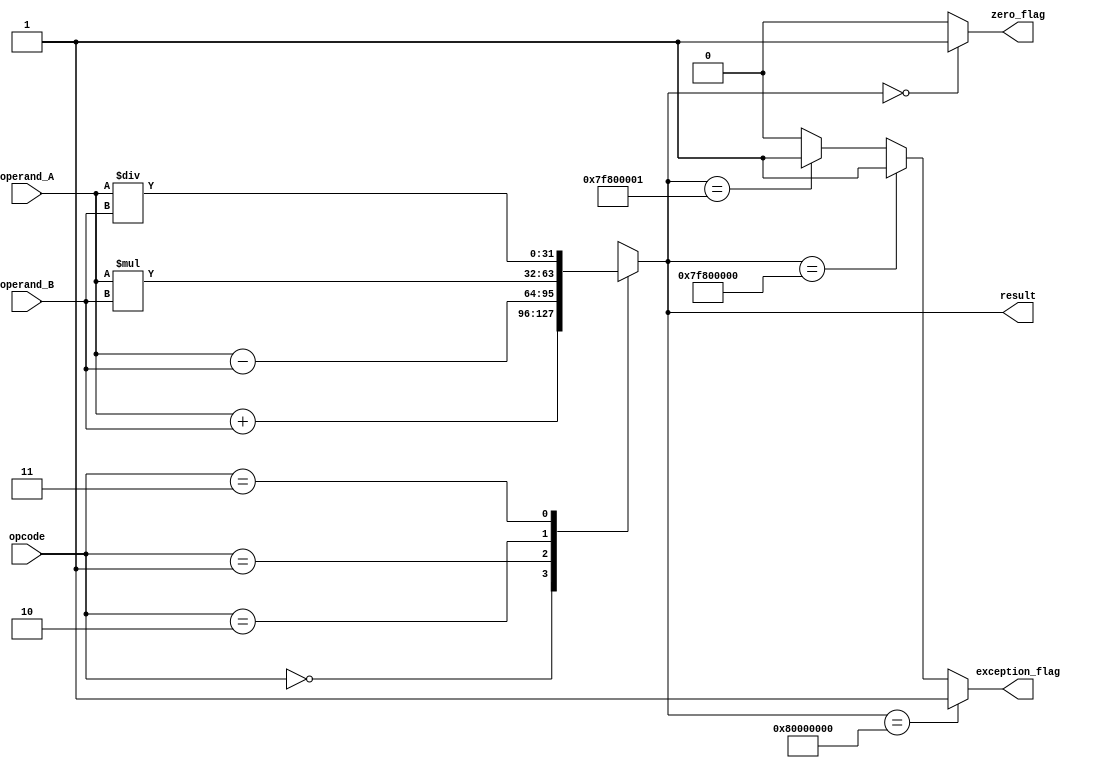
module FloatingPointALU (
    input wire [31:0] operand_A,
    input wire [31:0] operand_B,
    input wire [2:0] opcode,
    output reg [31:0] result,
    output reg zero_flag,
    output reg exception_flag
);

// Define opcodes
parameter ADD = 3'b000;
parameter SUB = 3'b001;
parameter MUL = 3'b010;
parameter DIV = 3'b011;

// Floating Point Adder
always @(*)
begin
    case(opcode)
        ADD: result = operand_A + operand_B;
        SUB: result = operand_A - operand_B;
        MUL: result = operand_A * operand_B;
        DIV: result = operand_A / operand_B;
        default: result = 32'hx; // default result (undefined)
    endcase
end

// Zero flag generation
always @(*)
begin
    zero_flag = (result == 32'h0) ? 1'b1 : 1'b0;
end

// Exception handling
always @(*)
begin
    if(result == 32'h80000000) // Underflow
        exception_flag = 1'b1;
    else if(result == 32'h7F800000) // Overflow
        exception_flag = 1'b1;
    else if(result == 32'h7F800001) // NaN
        exception_flag = 1'b1;
    else
        exception_flag = 1'b0;
end

endmodule